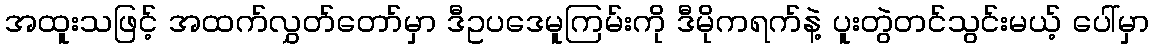
အထူးသဖြင့် အထက်လွှတ်တော်မှာ ဒီဥပဒေမူကြမ်းကို ဒီမိုကရက်နဲ့ ပူးတွဲတင်သွင်းမယ့် ပေါ်မှာ